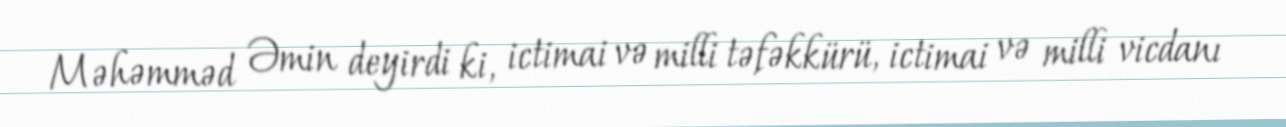
Məhəmməd Əmin deyirdi ki, ictimai və milli təfəkkürü, ictimai və milli vicdanı